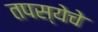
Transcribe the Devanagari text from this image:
तपस्येचे